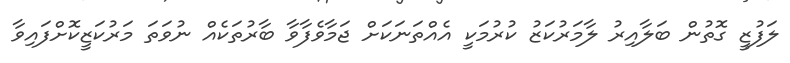
ލަފުޒީ ގޮތުން ބަލާއިރު ލާމަރުކަޒު ކުރުމަކީ އެއްތަނަކަށް ޖަމާވެފާވާ ބާރުތަކެއް ނުވަތަ މަރުކަޒީކޮށްފައިވާ